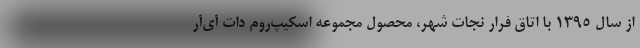
از سال 1395 با اتاق فرار نجات شهر، محصول مجموعه اسکیپ‌روم دات آی‌آر